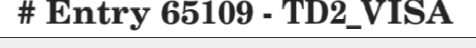
# Entry 65109 - TD2_VISA